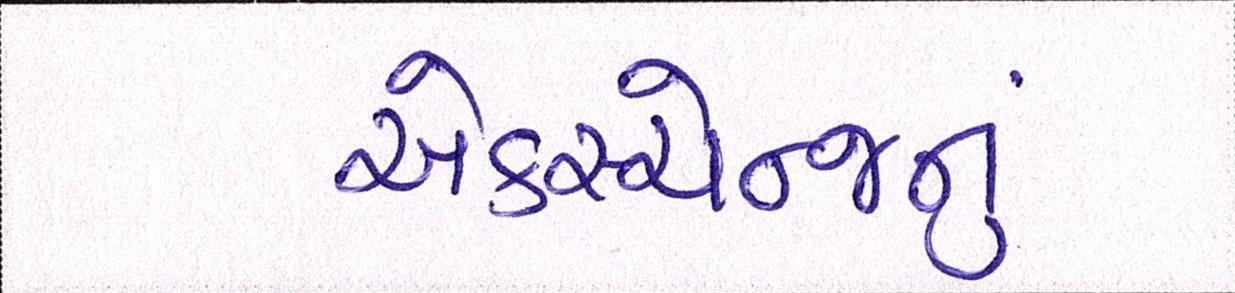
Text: એક્સ્ચેન્જનું